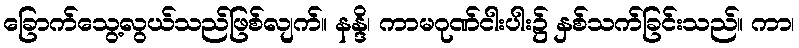
ခြောက်သွေ့လွယ်သည်ဖြစ်လျက်။ နန္ဒိ၊ ကာမဂုဏ်ငါးပါး၌ နှစ်သက်ခြင်းသည်။ ကာ၊